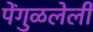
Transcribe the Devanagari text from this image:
पेंगुळलेली